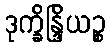
ဒုက္ခိန္ဒြိယဉ္စ